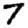
Digit: 7